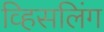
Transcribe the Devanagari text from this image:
व्हिसलिंग